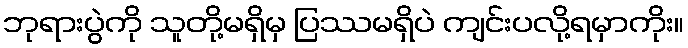
ဘုရားပွဲကို သူတို့မရှိမှ ပြဿမရှိပဲ ကျင်းပလို့ရမှာကိုး။